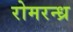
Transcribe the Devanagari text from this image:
रोमरन्ध्र